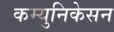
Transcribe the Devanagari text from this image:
कम्युनिकेसन